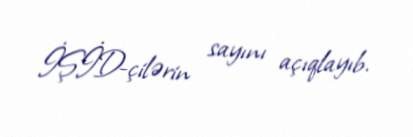
İŞİD-çilərin sayını açıqlayıb.